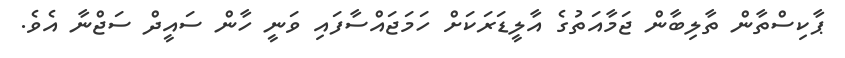
ޕާކިސްތާން ތާލިބާން ޖަމާއަތުގެ އާލީޑަރަކަށް ހަމަޖައްސާފައި ވަނީ ހާން ސައީދް ސަޖްނާ އެވެ.